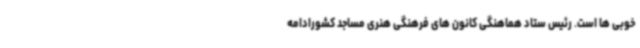
خوبی ها است. رئیس ستاد هماهنگی کانون های فرهنگی هنری مساجد کشورادامه